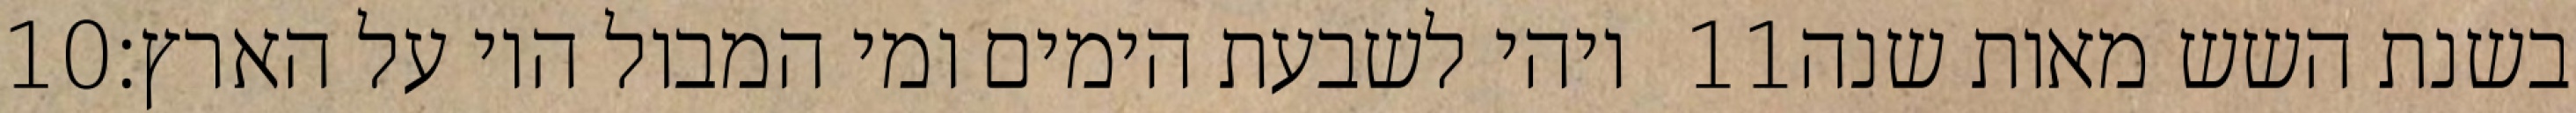
‎10‏ ויהי לשבעת הימים ומי המבול היו על הארץ׃ ‎11‏ בשנת השש מאות שנה